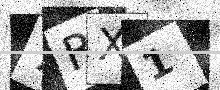
Text: 7RX1